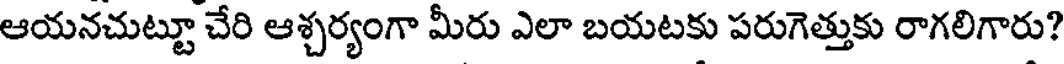
ఆయనచుట్టూ చేరి ఆశ్చర్యంగా మీరు ఎలా బయటకు పరుగెత్తుకు రాగలిగారు?